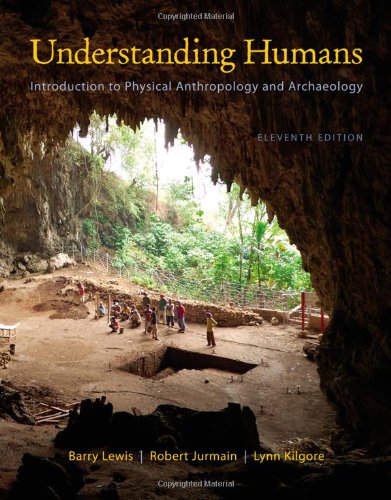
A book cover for Cengage Advantage Books: Understanding Humans: An Introduction to Physical Anthropology and Archaeology; Barry Lewis; Politics & Social Sciences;